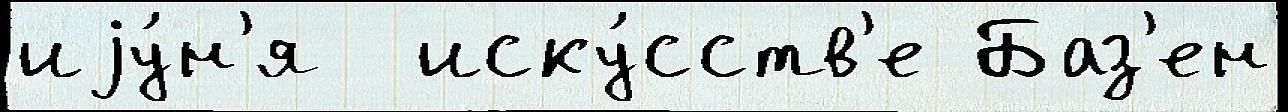
иjу́н'я  иску́сств'е Баз'ен